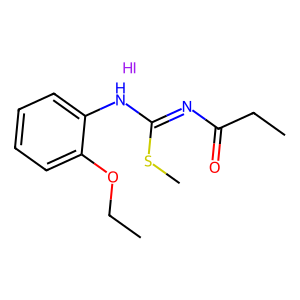
SMILES: CCOc1ccccc1NC(=NC(=O)CC)SC.I
Inhibits HIV replication: No